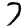
Digit: 7